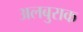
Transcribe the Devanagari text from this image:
अलबुराक